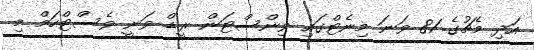
އަދި މެޗުގެ 81 ވަނަ މިނެޓްގައި ވިންސްޓަން ރީޑް ވަނީ ވެސްޓްހަމް މި